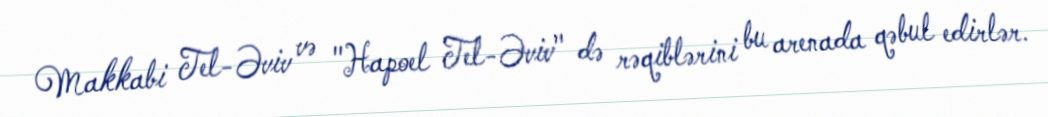
Makkabi Tel-Əviv və "Hapoel Tel-Əviv" də rəqiblərini bu arenada qəbul edirlər.